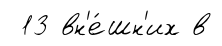
13 вн'е́шн'их в